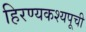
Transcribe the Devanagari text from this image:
हिरण्यकश्यपूची